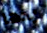
يدها